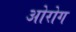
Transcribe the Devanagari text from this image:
ओरोग